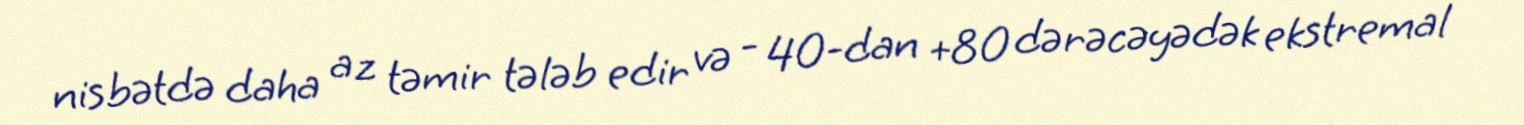
nisbətdə daha az təmir tələb edir və - 40-dan +80 dərəcəyədək ekstremal